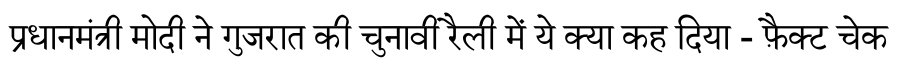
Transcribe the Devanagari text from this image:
प्रधानमंत्री मोदी ने गुजरात की चुनावी रैली में ये क्या कह दिया - फ़ैक्ट चेक